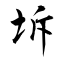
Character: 坼